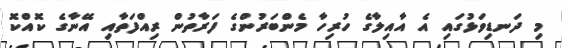
މި ދަނޑިވަޅުގައި އެ އާއިލާގެ ހުރިހާ މެންބަރުންގެ ފަރާތުން ރިއްފަތާއި އޭނާގެ ކޮއްކޮ